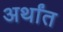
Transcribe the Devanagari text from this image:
अर्थांत